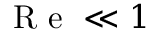
\textrm { R e } \ll 1